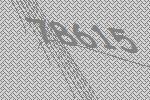
78615